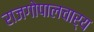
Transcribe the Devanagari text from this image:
राजगोपालचार्य